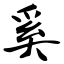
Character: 奚